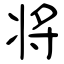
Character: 将